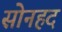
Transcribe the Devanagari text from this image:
सोनहद